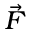
\scriptstyle { \vec { F } }